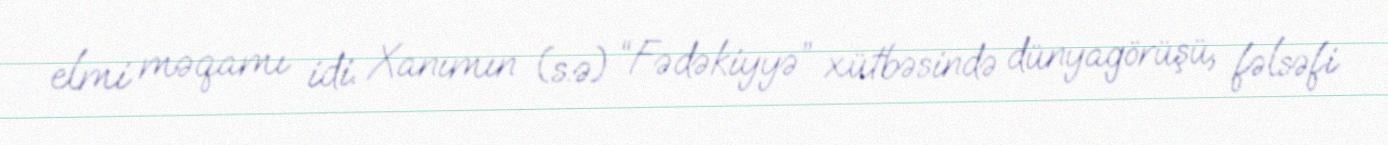
elmi məqamı idi. Xanımın (s.ə) “Fədəkiyyə” xütbəsində dünyagörüşü, fəlsəfi